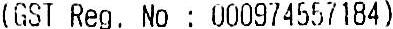
(GST REG. NO : 000974557184)